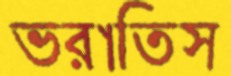
ভরাতিস